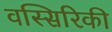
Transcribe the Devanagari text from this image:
वस्सिरिकी